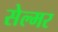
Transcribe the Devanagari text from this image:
सेल्मर